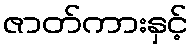
ဇာတ်ကားနှင့်